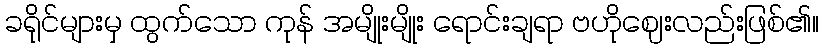
ခရိုင်များမှ ထွက်သော ကုန် အမျိုးမျိုး ရောင်းချရာ ဗဟိုဈေးလည်းဖြစ်၏။